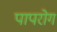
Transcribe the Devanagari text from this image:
पापरोग